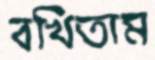
বখিতাম